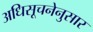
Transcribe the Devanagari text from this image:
अधिसूचनेनुसार